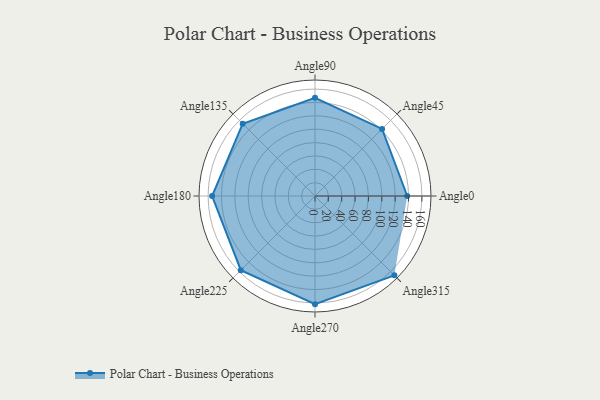
{"axis": {"x": "Angle", "y": "Radius"}, "legend": [""], "data": [{"x": "Angle0", "y": 138.0, "type": ""}, {"x": "Angle45", "y": 142.0, "type": ""}, {"x": "Angle90", "y": 147.0, "type": ""}, {"x": "Angle135", "y": 153.0, "type": ""}, {"x": "Angle180", "y": 154.0, "type": ""}, {"x": "Angle225", "y": 157.0, "type": ""}, {"x": "Angle270", "y": 162.0, "type": ""}, {"x": "Angle315", "y": 168.0, "type": ""}]}